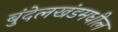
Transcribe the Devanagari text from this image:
बुंदेलखंडमधील